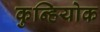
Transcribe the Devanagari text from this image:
कुन्हियोक